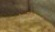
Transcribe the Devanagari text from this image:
पंढरीनाथा